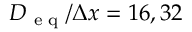
D _ { \textup { e q } } / \Delta x = 1 6 , 3 2